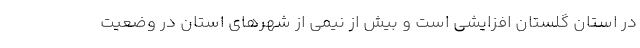
در استان گلستان افزایشی است و بیش از نیمی از شهرهای استان در وضعیت